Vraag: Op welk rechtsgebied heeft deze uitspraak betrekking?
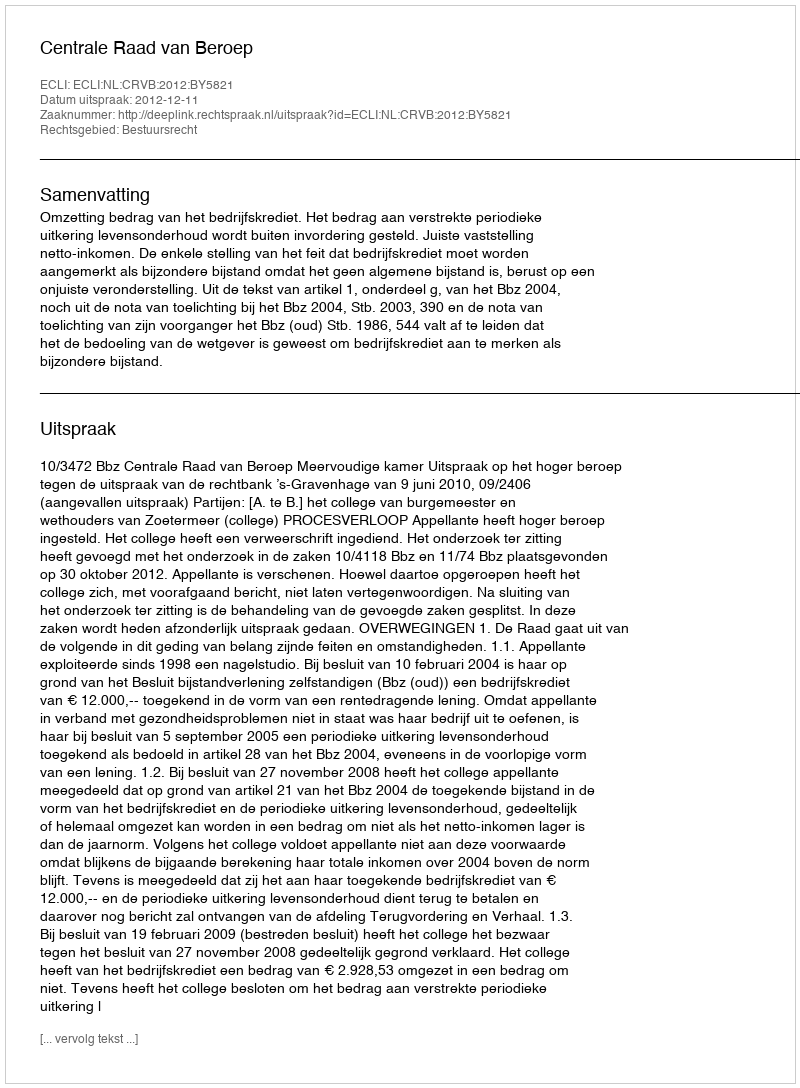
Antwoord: Bestuursrecht